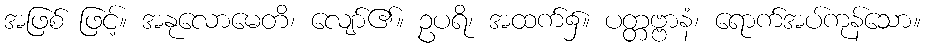
အဖြစ် ဖြင့်။ အနုလောမေတိ၊ လျော်၏။ ဥပရိ၊ အထက်၌။ ပတ္တဗ္ဗာနံ၊ ရောက်အပ်ကုန်သော။